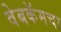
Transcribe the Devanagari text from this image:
वेबकॅमचा